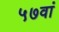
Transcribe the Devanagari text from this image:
५७वां